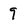
Character: 9